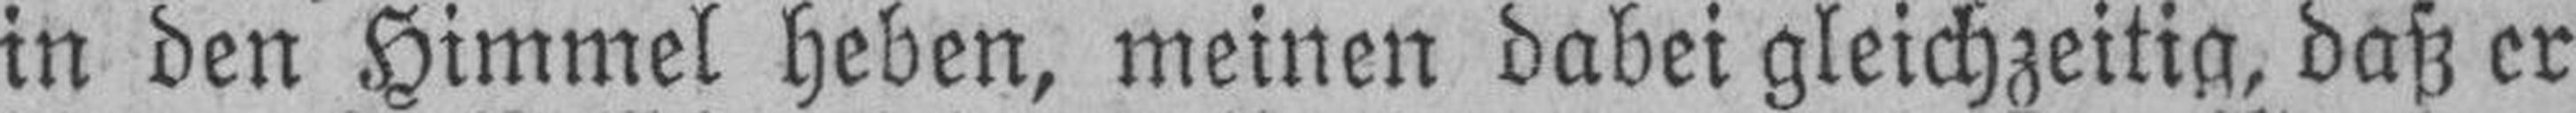
in den Himmel heben, meinen dabei gleichzeitig, daß er